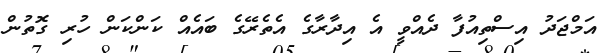
އަމްޖަދު އިސްތިއުފާ ދެއްވީ އެ އިދާރާގެ އެތެރޭގެ ބައެއް ކަންކަން ހުރި ގޮތުން